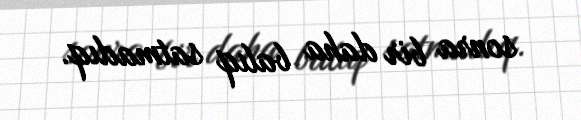
sonra bir daha balıq satmadıq.